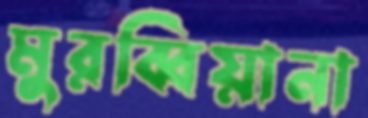
মুরব্বিয়ানা